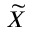
\widetilde { X }